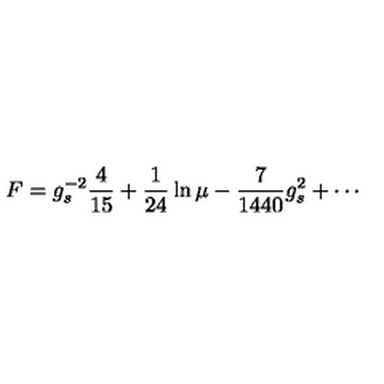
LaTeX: F = g _ { s } ^ { - 2 } { \frac { 4 } { 1 5 } } + { \frac { 1 } { 2 4 } } \ln \mu - { \frac { 7 } { 1 4 4 0 } } { g _ { s } ^ { 2 } } + \cdots